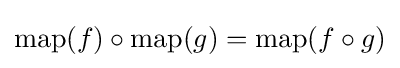
\operatorname {map} (f)\circ \operatorname {map} (g)=\operatorname {map} (f\circ g)